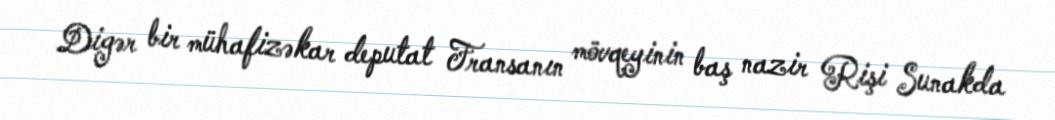
Digər bir mühafizəkar deputat Fransanın mövqeyinin baş nazir Rişi Sunakda